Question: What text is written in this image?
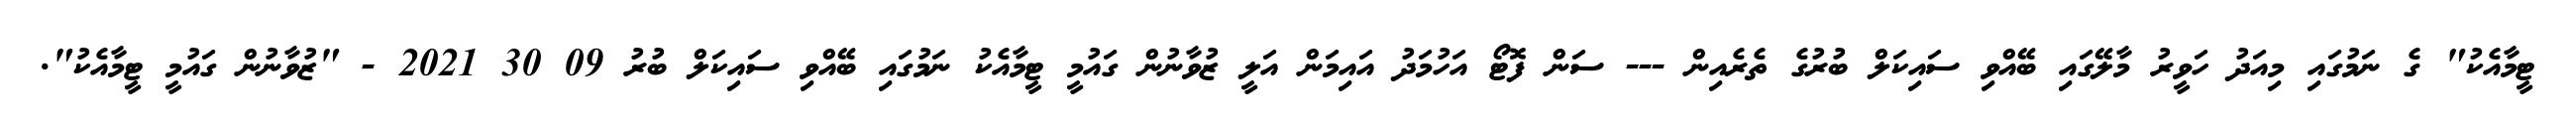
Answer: ޓީމާއެކު" ގެ ނަމުގައި މިއަދު ހަވީރު މާލޭގައި ބޭއްވި ސައިކަލް ބުރުގެ ތެރެއިން --- ސަން ފޮޓޯ އަހުމަދު އައިމަން އަލީ ޒުވާނުން ގައުމީ ޓީމާއެކު ނަމުގައި ބޭއްވި ސައިކަލް ބުރު 09 30 2021 - "ޒުވާނުން ގައުމީ ޓީމާއެކު".